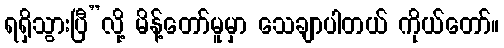
ရရှိသွားပြီ”လို့ မိန့်တော်မူမှာ သေချာပါတယ် ကိုယ်တော်။